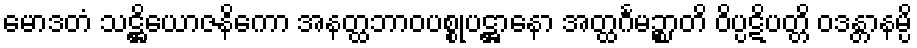
မောဒတံ သဋ္ဌိယောဇနိကော အနတ္ထဘာဝပစ္စုပဋ္ဌာနော အတ္ထင်္ဂမဉ္စာတိ ဝိပ္ပဋိပတ္တိ ဝဒန္တာနမ္ပိ